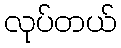
လုပ်တယ်